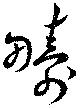
疇